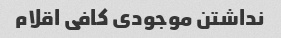
نداشتن موجودی کافی اقلام